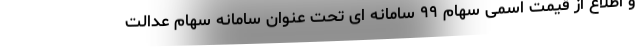
و اطلاع از قیمت اسمی سهام ۹۹ سامانه ای تحت عنوان سامانه سهام عدالت